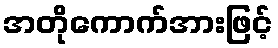
အတိုကောက်အားဖြင့်